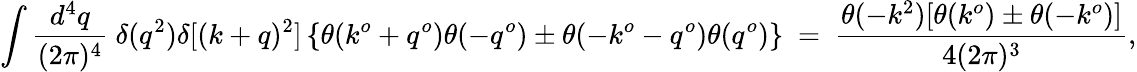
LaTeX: \int{\frac{d^{4}q}{(2\pi)^{4}}}\ \delta(q^{2})\delta[(k+q)^{2}]\left\{ \theta(k^{o}+q^{o})\theta(-q^{o})\pm\theta(-k^{o}-q^{o})\theta(q^{o})\right\} \ =\ {\frac{\theta(-k^{2})[\theta(k^{o})\pm\theta(-k^{o})]}{4(2\pi)^{3}}},